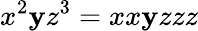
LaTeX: x^{2}\mathbf{y}z^{3}=xx\mathbf{y}zzz